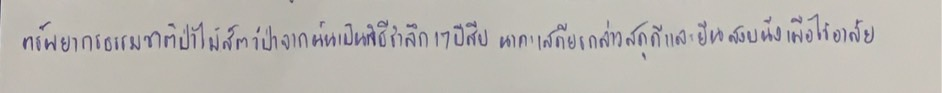
ทรัพยากรธรรมชาติป่าไม้สัตว์ป่าจากนั้นเป็นพิธีรำลึก17ปีสืบ นาคะเสถียรกล่าวสดุดีและยืนสงบนิ่งเพื่อไว้อาลัย